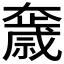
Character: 𡚓